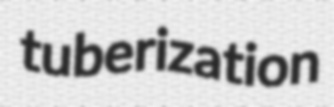
tuberization